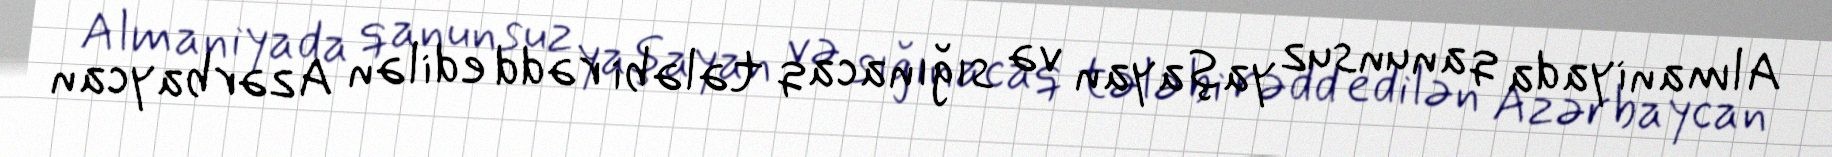
Almaniyada qanunsuz yaşayan və sığınacaq tələbi rədd edilən Azərbaycan